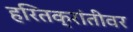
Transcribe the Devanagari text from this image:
हरितक्रांतीवर